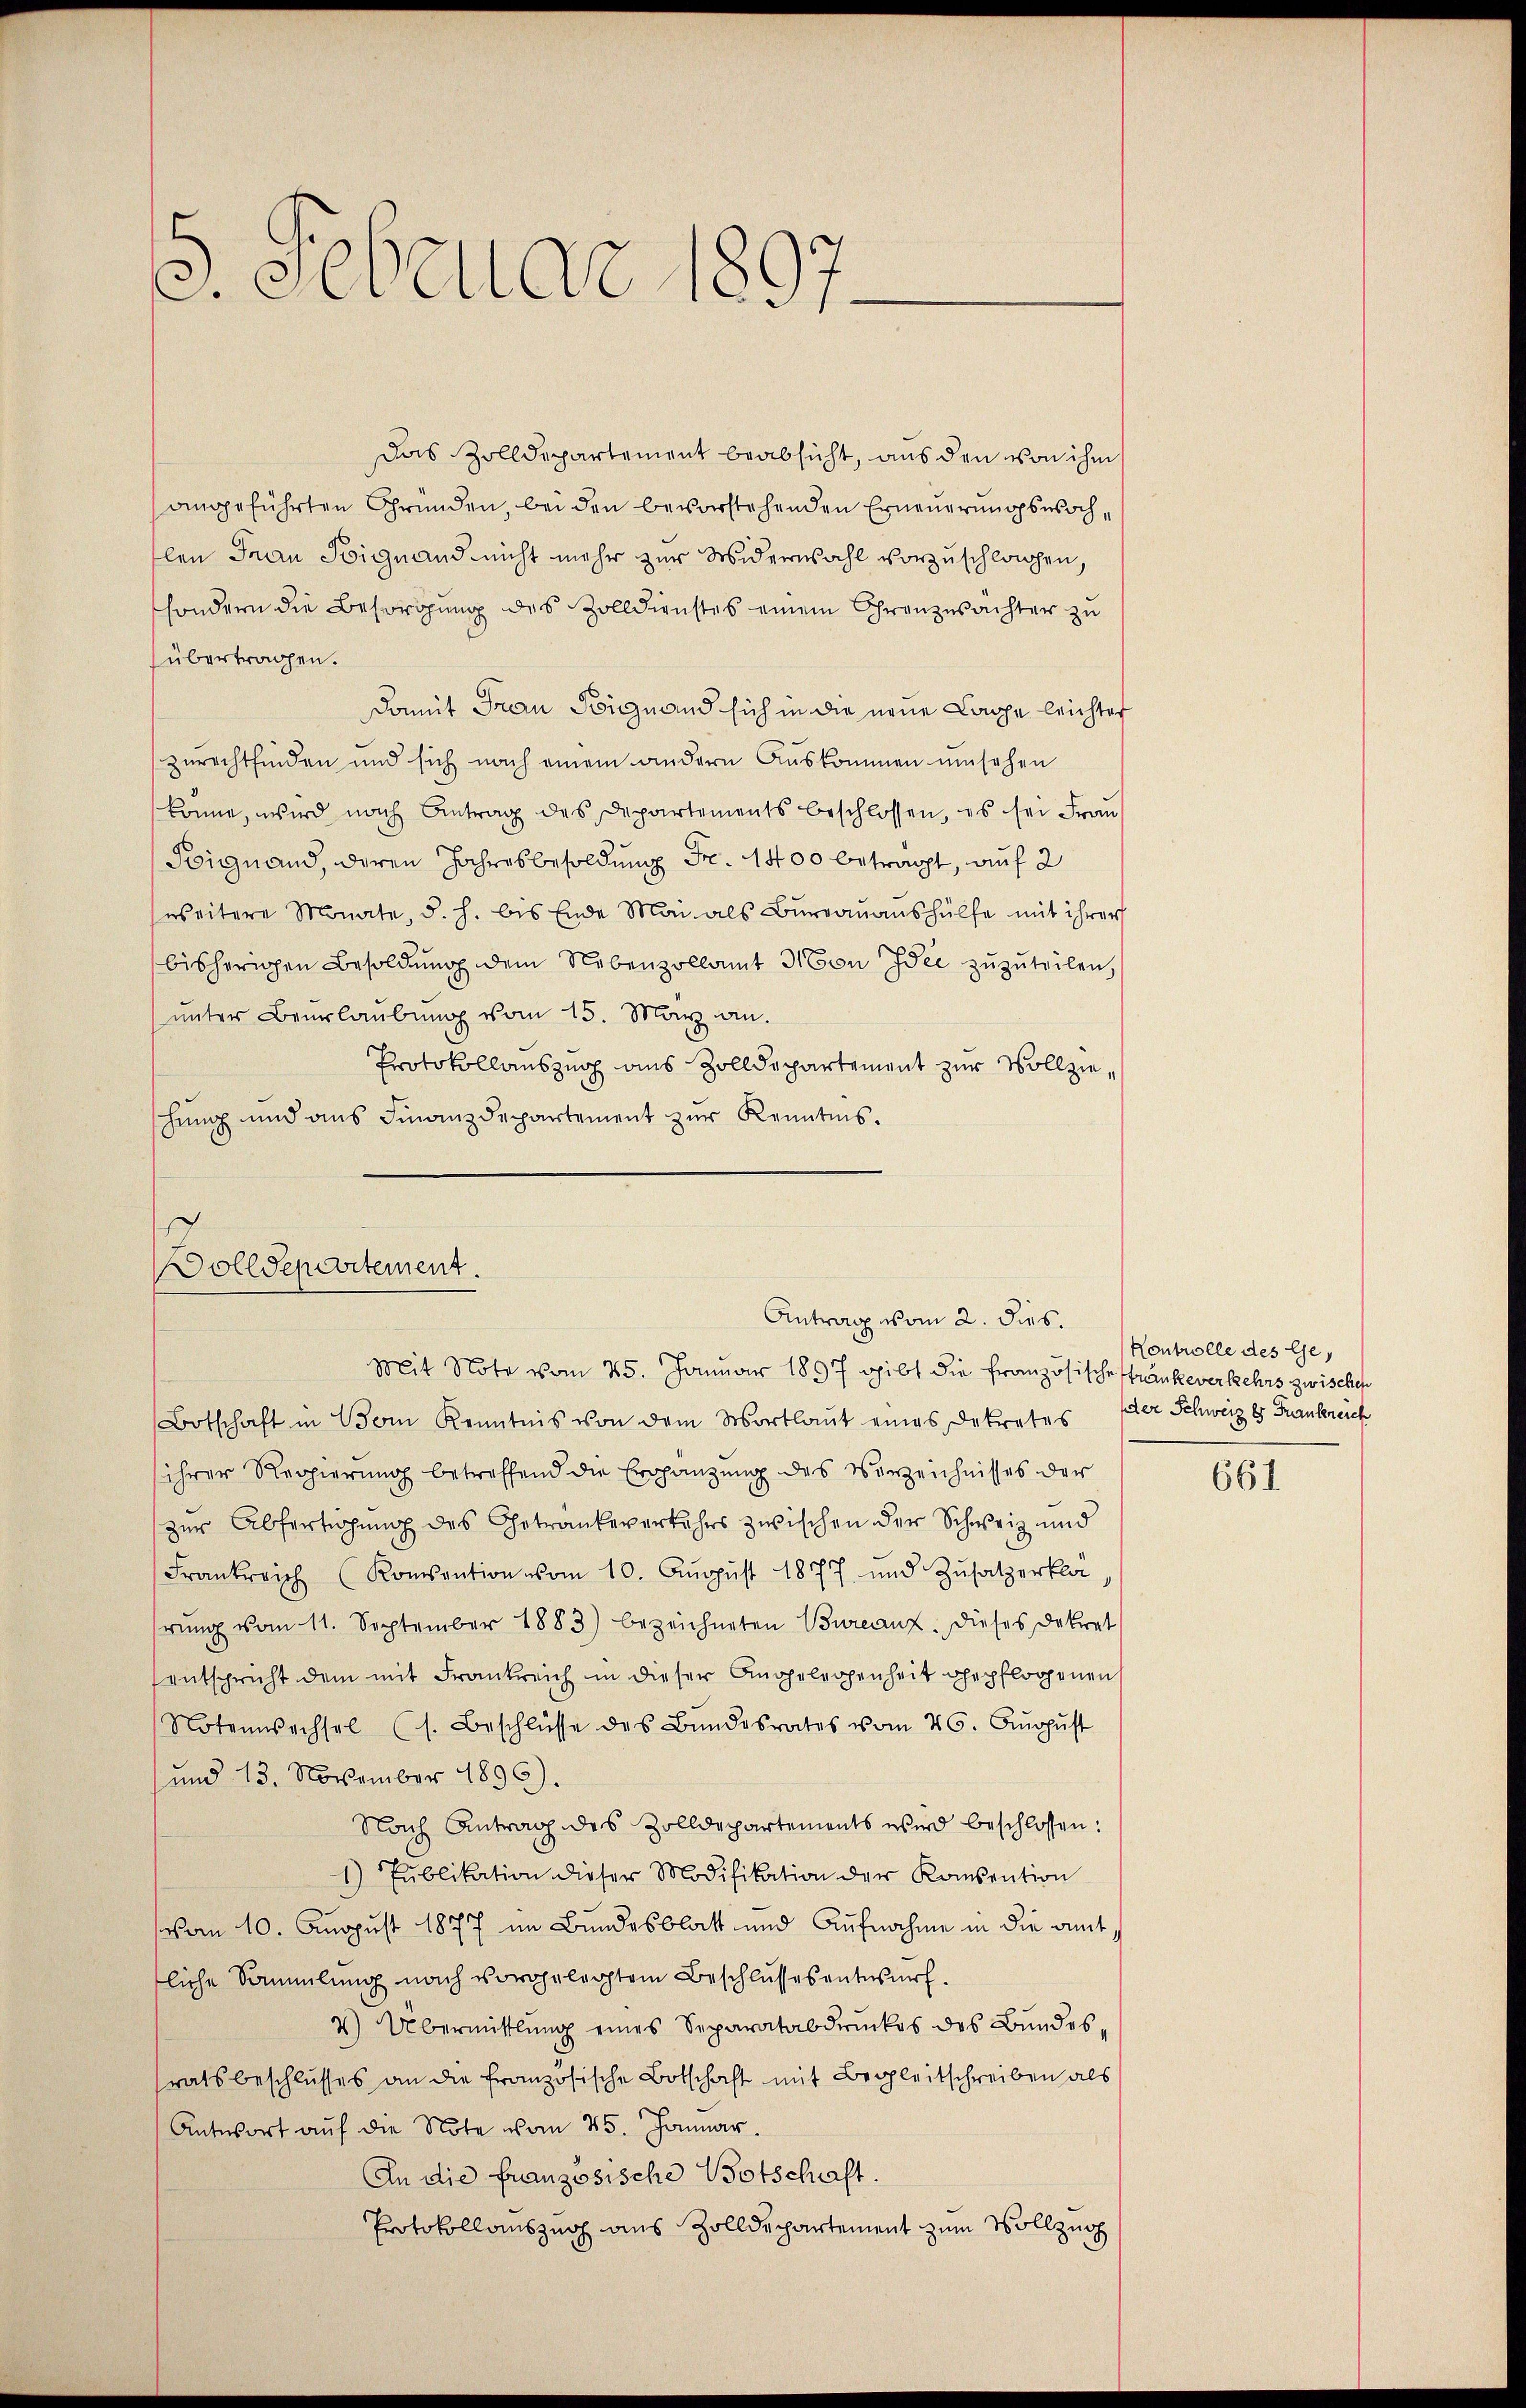
5. Februar 1897.

Das Zolldepartement beabsicht, aus den von ihm
angeführten Gründen, bei den bevorstehenden Erneuerungswochlen Frau Soignand nicht mehr zur Widerwahl vorzuschlichen,
sondern die Besorgung des Zolldienstes einem Grenzwachter zu
übertragen.
damit Frau Bignand sich in die neue Lappe leichter
zurechtfinden und sich nach einem andern Auskommen umsehen
könne, wird nach Antrag des Departements beschlossen, es sei Frau
Soignand, deren Jahresbesoldung Fr. 1400 betragt, auf 2
weitere Monate, d. h. bis Ende Mai als Burrauaushülfe mit ihrer
bisherigen Besoldung dem Nebenzollamt Mon Idee zuzuteilen,
unter Beurlaubung vom 15. März an.
Protokollauszug aus Zolldepartement zur Vollzieschung und aus Finanzdepartement zur Kenntnis.

Dolldepartement.
Antrag vom 2. dies.

Mit Note vom 25. Januar 1897 gibt die Französische Strankeverkehrs zwischen
Botschaft in Vom Kenntnis von dem Wortlaut eines Dekretes (der Schweiz es Frankreich
ihrer Regierung betreffend die Ergänzung des Verzeichnisses der
zur Abfertigung des Getränkeverkehrs zwischen der Schweiz und
Frankreich (Konsention vom 10. Aŭgŭst 1877 und Zŭsatzerklä
rŭng vom 11. September 1883) bezeichneten Bureauz. Dieses Dekret
entspricht dem mit Frankreich in dieser Angelegenheit gepflossenen
Notenechsel (s. Beschlüsse des Bŭndesrates vom 26. Aŭgŭst
und 13. November 1896).
Nach Antrag des Zolldepartements wird beschlossen:
1) Pŭblikation dieser Modifikation der Konsention
vom 10. August 1877 im Bundesblatt und Aufnahme in die amtliche Sammlung nach vorgelegtem Beschlussesentwurf.
2) Übermittlung eines Separatabdruckes des Bundesratsbeschlusses an die französische Botschaft mit Begleitschreiben als
Antwort auf die Note vom 25. Januar.
An die französische Botschaft.
Protokollauszug aus Zolldepartement zum Vollzug

Kontrolle des Ge¬

661